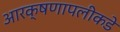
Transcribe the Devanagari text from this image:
आरक्षणापलीकडे